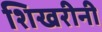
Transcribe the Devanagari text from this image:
शिखरीनी